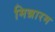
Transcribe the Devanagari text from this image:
मिन्नारम